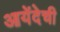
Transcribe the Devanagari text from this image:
आयेंदेची